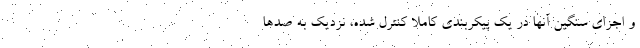
و اجزای سنگین آنها در یک پیکربندی کاملاً کنترل شده، نزدیک به صدها